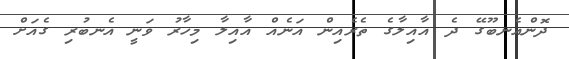
ދޮންއެނބޫގޭ ދެ އާއިލާގެ ތެރެއިން އަނެއް އާއިލާ މިހާރު ވަނީ އެނބުރި ގެއަށް